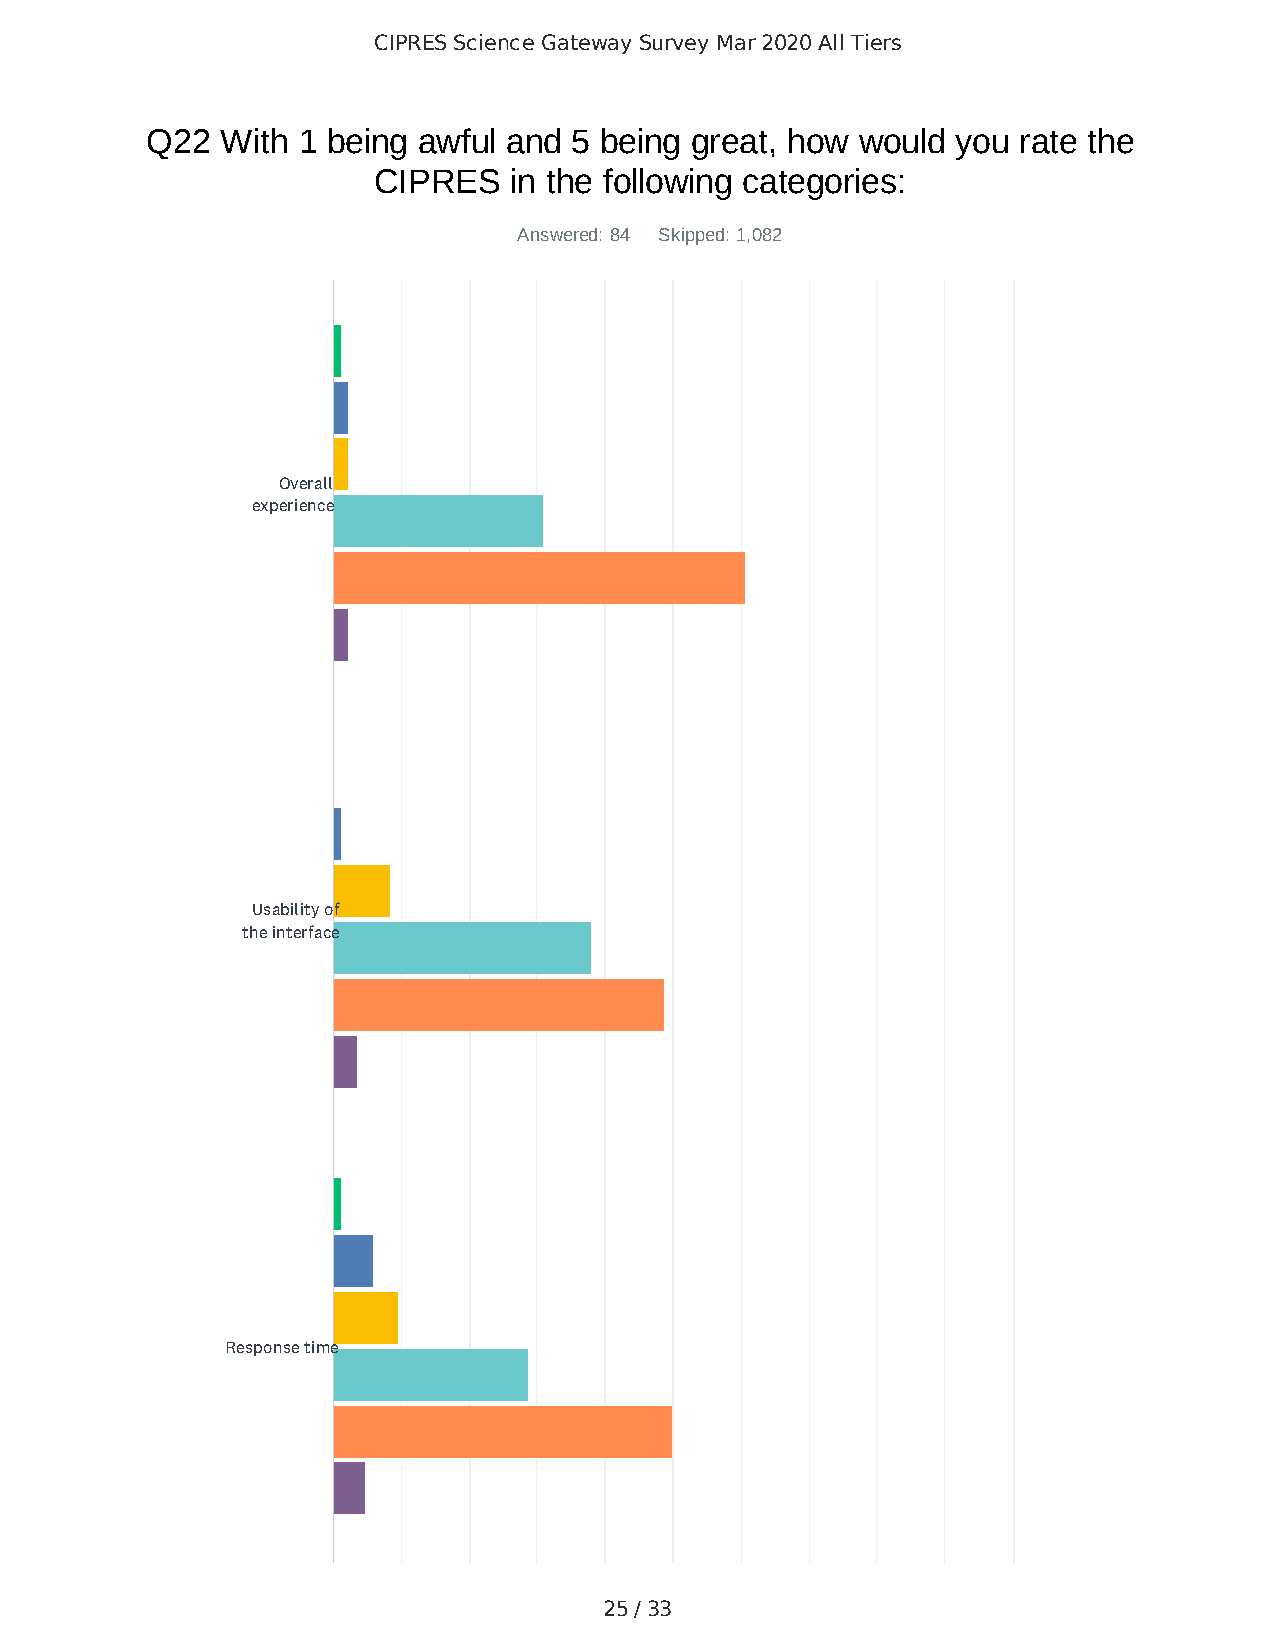
CIPRES Science Gateway Survey Mar 2020 All Tiers
 Q22  With 1 being awful and 5 being great, how would you rate the
 CIPRES   in the following categories:
 Answered: 84 Skipped: 1,082
 Overall
 experience
 Usability of
 the interface
 Response time
 25 / 33